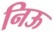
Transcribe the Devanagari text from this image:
निऊ